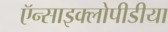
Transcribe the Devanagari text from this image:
ऍन्साइक्लोपीडीया